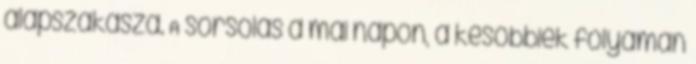
alapszakasza. A sorsolás a mai napon, a későbbiek folyamán